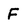
Character: F